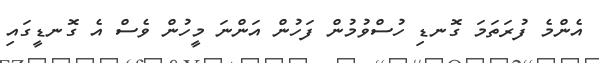
އެންމެ ފުރަތަމަ ގޮނޑި ހުސްވުމުން ފަހުން އަންނަ މީހުން ވެސް އެ ގޮނޑީގައި